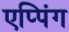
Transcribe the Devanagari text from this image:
एप्पिंग